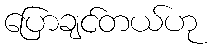
ပြောချင်တယ်ဟု